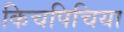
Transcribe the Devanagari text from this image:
किचपिचिया